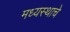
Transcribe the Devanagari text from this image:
मध्यस्थाचे